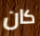
كان